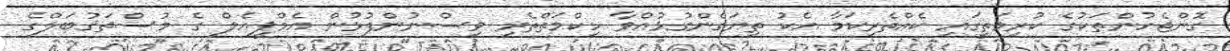
ގޮންޖެހުންތަކުގެ ކުރިމަތީގައި ކެއްތެރިކަމާ އެކު ތިޔަގެންގުޅުއްވާ ހިކްމަތްތެރި ވިސްނުންފުޅުން އެމްޕީއެލް ގެ މުސްތަޤުބަލްގެ